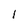
Character: l